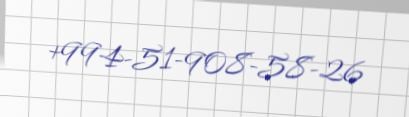
+994-51-908-58-26